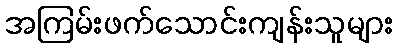
အကြမ်းဖက်သောင်းကျန်းသူများ